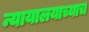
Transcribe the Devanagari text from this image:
न्यायालयाच्याच